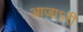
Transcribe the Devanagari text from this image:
आजाऽरी